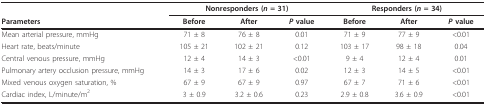
|  | <COLSPAN=3> Nonresponders (n = 31) | <COLSPAN=3> Responders (n = 34) |
 | Parameters | Before | After | P value | Before | After | P value |
 | --- | --- | --- | --- | --- | --- | --- |
 | Mean arterial pressure, mmHg | 71 ± 8 | 76 ± 8 | 0.01 | 71 ± 9 | 77 ± 9 | <0.01 |
 | Heart rate, beats/minute | 105 ± 21 | 102 ± 21 | 0.12 | 103 ± 17 | 98 ± 18 | 0.04 |
 | Central venous pressure, mmHg | 12 ± 4 | 14 ± 3 | <0.01 | 9 ± 4 | 12 ± 4 | 0.01 |
 | Pulmonary artery occlusion pressure, mmHg | 14 ± 3 | 17 ± 6 | 0.02 | 12 ± 3 | 14 ± 5 | <0.01 |
 | Mixed venous oxygen saturation, % | 67 ± 9 | 67 ± 9 | 0.97 | 67 ± 7 | 71 ± 6 | <0.01 |
 | Cardiac index, L/minute/m2 | 3 ± 0.9 | 3.2 ± 0.6 | 0.23 | 2.9 ± 0.8 | 3.6 ± 0.9 | <0.01 |